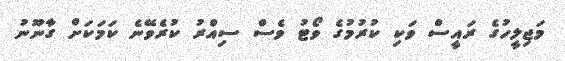
މަޖިލީހުގެ ރައީސް ވަކި ކުރުމުގެ ވޯޓު ވެސް ސިއްރު ކުރެވޭނެ ކަމަކަށް ގާނޫނު